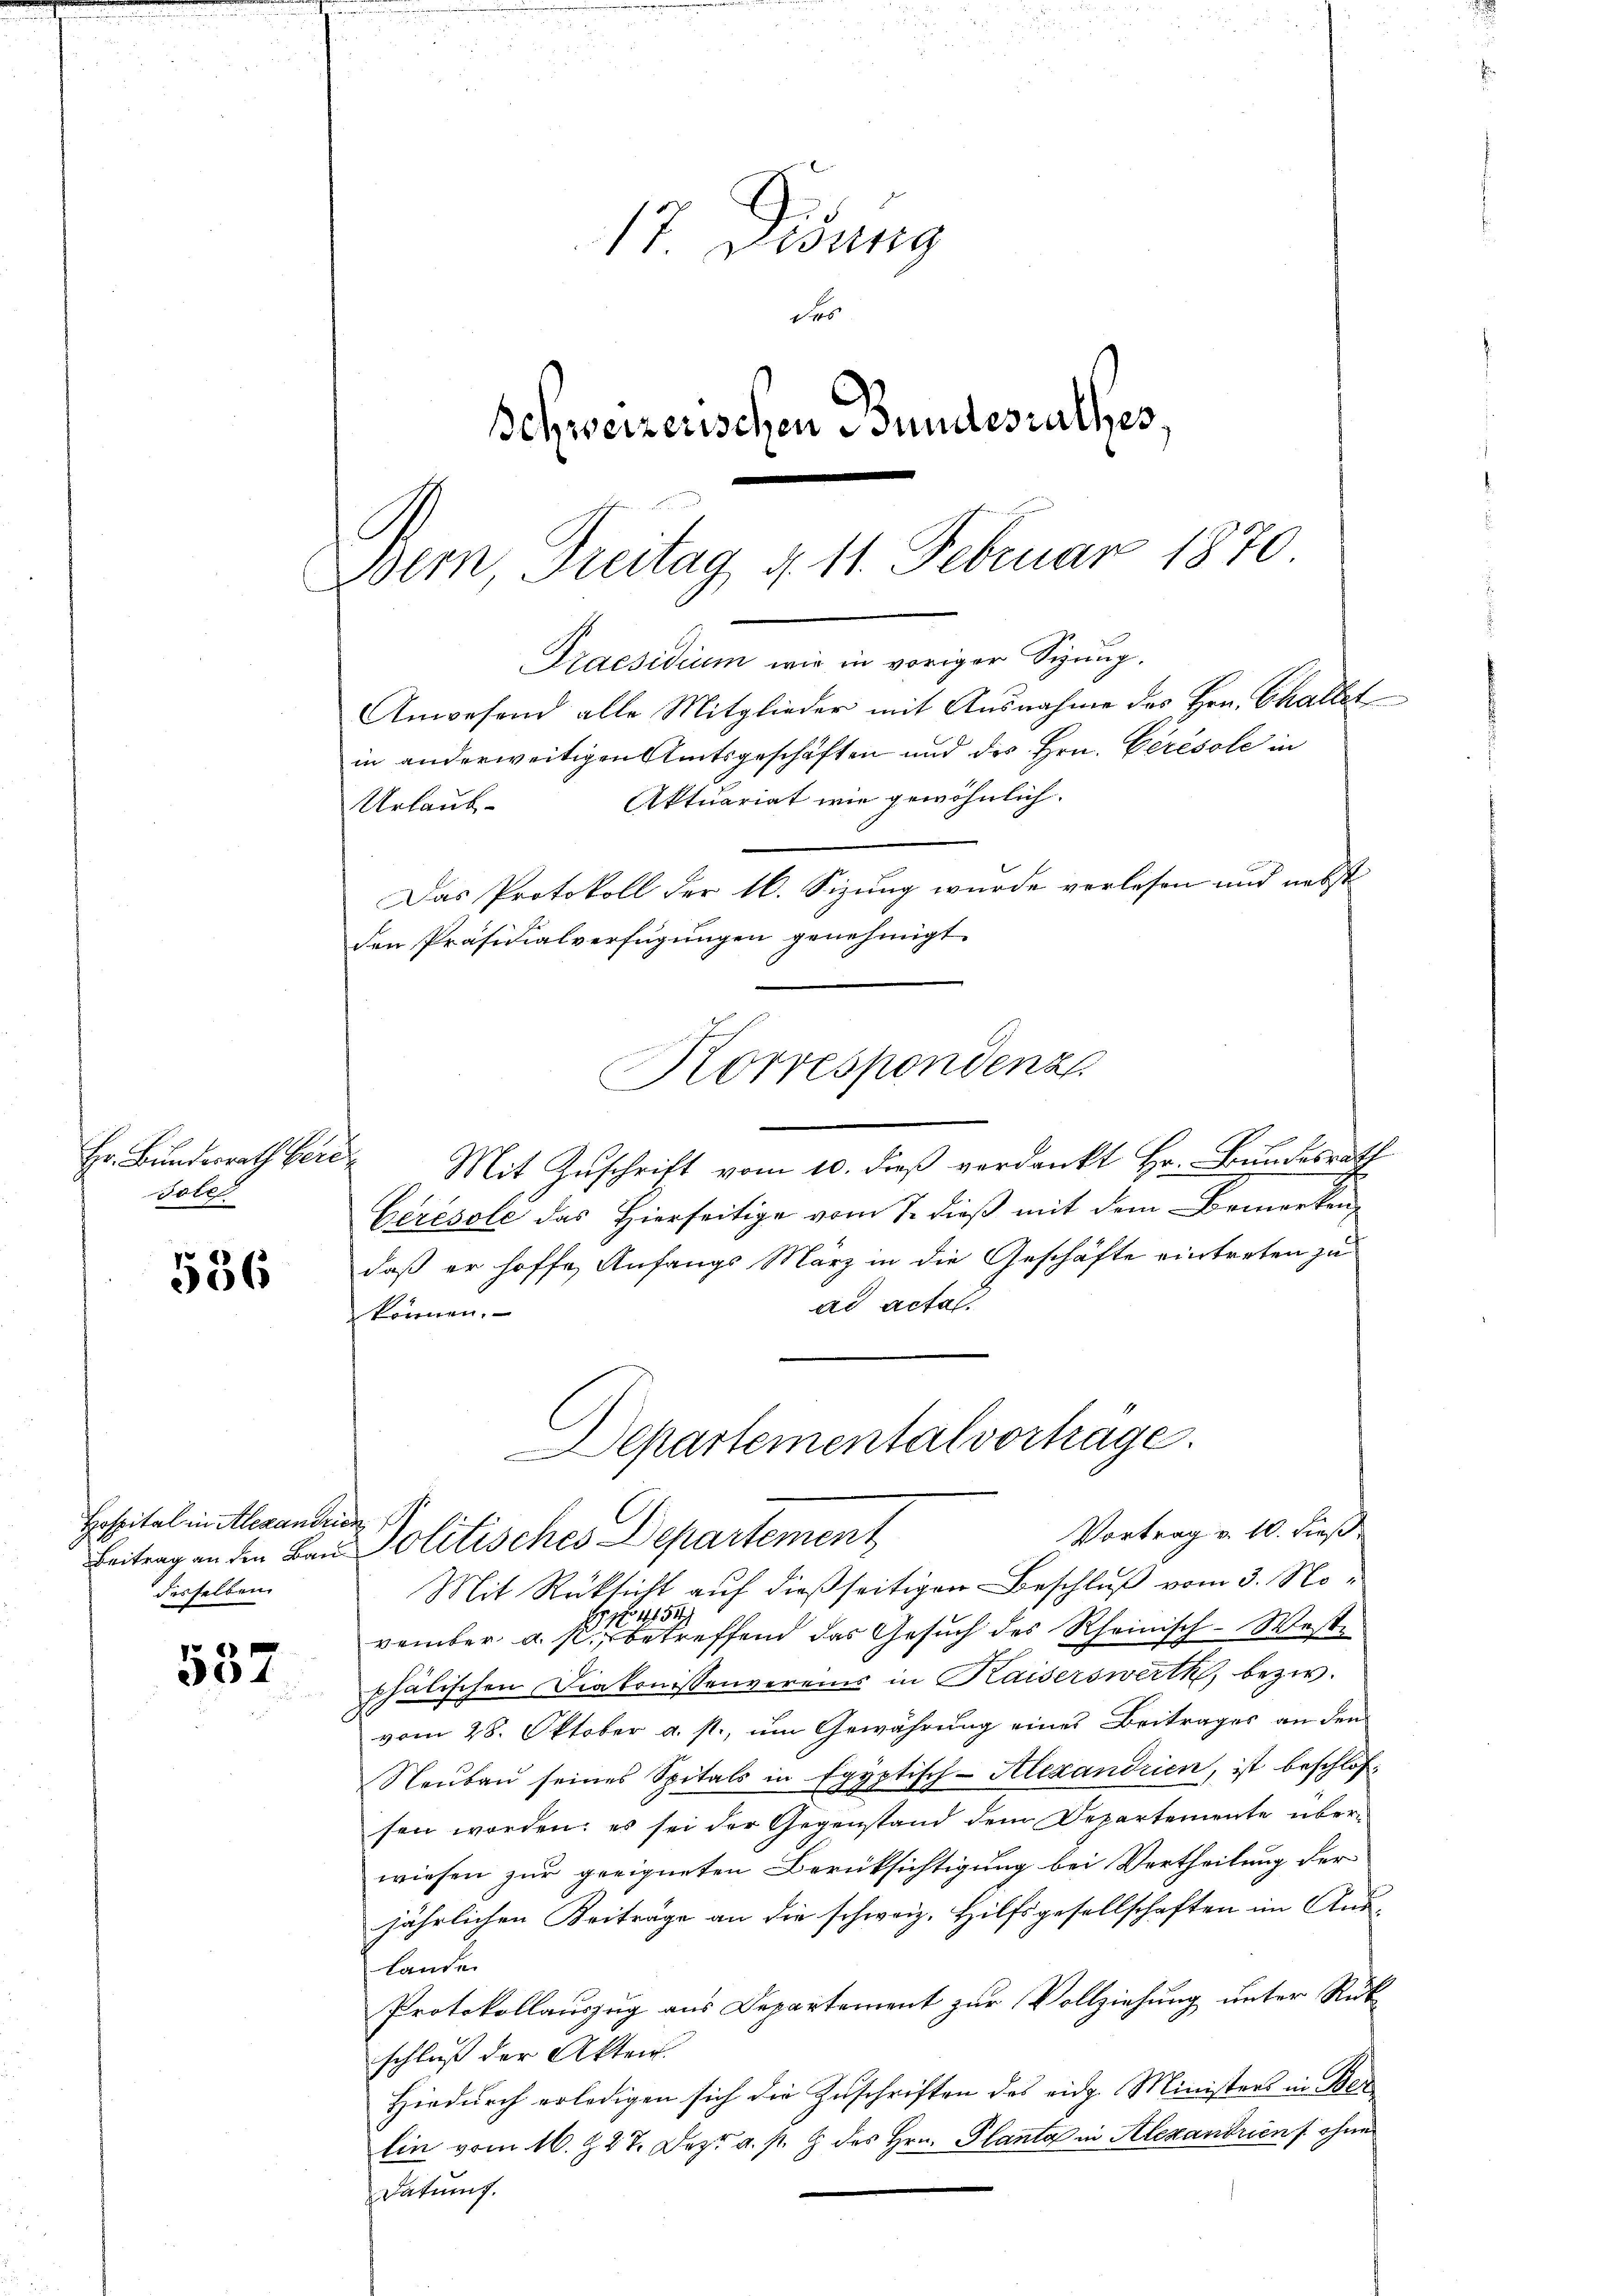
Hr. Bundesrath bere
Tote

536

Hospital in Alexandrien
desselben

504

in anderweitigen Amtsgeschäften und des Hrn. Geresole in
Aktuariat wie gewöhnlich.
Urlaub-
Das Protokoll der 16. Sizung wurde verlesen und nebst
Mit Zuschrift vom 10. dieß verdankt Hr. Bundesrath
Ceresole das Hierseitige vom 7. dieß mit dem Bemerken,
daß er hoffe, Anfangs März in die Geschäfte eintreten zu
ad actal
können.
Departemental vortrage.
Vortrag v. 10. dieß
Beitrag an die Bau Politisches Departement
Mit Rüksicht auf dießseitigen Beschluß vom 3. No¬
11734.
A
vember u. s. betreffend das Gesuch des Rheinisch - Weste
phälischen Diakonissenvereins in Kaiserswerth, bezw.
vom 28. Oktober a. p., um Gewährung eines Beitrages an den
Neŭbaŭ seines Spitals in Egyptisch-Alexandrien, ist beschlossen worden; es sei der Gegenstand dem Departemente überwiesen zur geeigneten Berüksichtigung bei Vertheilung der
jährlichen Beiträge an die schweiz. Hilfsgesellschaften im Aus-
Lande
Protokollauszug aus Departement zur Vollziehung unter Rükschluß der Akten.
Hiedurch erledigen sich die Zuschriften des eidg. Ministers in Ber
Ein vom 16. 227. Dez. a. p. 9 des Hrn. Planta in Alexandrien s. ohne
Datums.

17. Disung
des
Schweizerischen Bundesrathes,

Bern Dreitag d. 11. Februar 1870
Praesidium wie in voriger Sizung.
Anwesend alle Mitglieder mit Ausnahme des Hrn. Challet

den Präsidialverfügungen genehmigt.

Korrespondenz